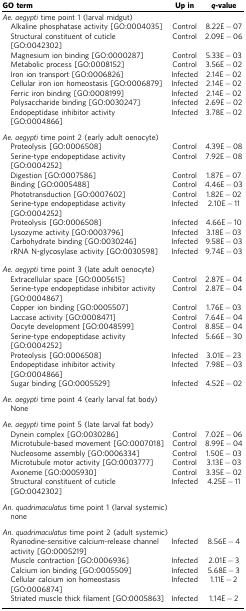
<table><thead><tr><td><b>GO term</b></td><td><b>Up in</b></td><td><b><i>q</i>-value</b></td></tr></thead><tbody><tr><td colspan="3"><i>Ae. aegypti</i> time point 1 (larval midgut)</td></tr><tr><td> Alkaline phosphatase activity [GO:0004035]</td><td>Control</td><td>8.22E−07</td></tr><tr><td> Structural constituent of cuticle [GO:0042302]</td><td>Control</td><td>2.09E−06</td></tr><tr><td> Magnesium ion binding [GO:0000287]</td><td>Control</td><td>5.33E−03</td></tr><tr><td> Metabolic process [GO:0008152]</td><td>Control</td><td>3.56E−02</td></tr><tr><td> Iron ion transport [GO:0006826]</td><td>Infected</td><td>2.14E−02</td></tr><tr><td> Cellular iron ion homeostasis [GO:0006879]</td><td>Infected</td><td>2.14E−02</td></tr><tr><td> Ferric iron binding [GO:0008199]</td><td>Infected</td><td>2.14E−02</td></tr><tr><td> Polysaccharide binding [GO:0030247]</td><td>Infected</td><td>2.69E−02</td></tr><tr><td> Endopeptidase inhibitor activity [GO:0004866]</td><td>Infected</td><td>3.78E−02</td></tr><tr><td> </td><td> </td><td> </td></tr><tr><td colspan="3"><i>Ae. aegypti</i> time point 2 (early adult oenocyte)</td></tr><tr><td> Proteolysis [GO:0006508]</td><td>Control</td><td>4.39E−08</td></tr><tr><td> Serine-type endopeptidase activity [GO:0004252]</td><td>Control</td><td>7.92E−08</td></tr><tr><td> Digestion [GO:0007586]</td><td>Control</td><td>1.87E−07</td></tr><tr><td> Binding [GO:0005488]</td><td>Control</td><td>4.46E−03</td></tr><tr><td> Phototransduction [GO:0007602]</td><td>Control</td><td>1.82E−02</td></tr><tr><td> Serine-type endopeptidase activity [GO:0004252]</td><td>Infected</td><td>2.10E−11</td></tr><tr><td> Proteolysis [GO:0006508]</td><td>Infected</td><td>4.66E−10</td></tr><tr><td> Lysozyme activity [GO:0003796]</td><td>Infected</td><td>3.18E−03</td></tr><tr><td> Carbohydrate binding [GO:0030246]</td><td>Infected</td><td>9.58E−03</td></tr><tr><td> rRNA N-glycosylase activity [GO:0030598]</td><td>Infected</td><td>9.74E−03</td></tr><tr><td> </td><td> </td><td> </td></tr><tr><td colspan="3"><i>Ae. aegypti</i> time point 3 (late adult oenocyte)</td></tr><tr><td> Extracellular space [GO:0005615]</td><td>Control</td><td>2.87E−04</td></tr><tr><td> Serine-type endopeptidase inhibitor activity [GO:0004867]</td><td>Control</td><td>2.87E−04</td></tr><tr><td> Copper ion binding [GO:0005507]</td><td>Control</td><td>1.76E−03</td></tr><tr><td> Laccase activity [GO:0008471]</td><td>Control</td><td>7.64E−04</td></tr><tr><td> Oocyte development [GO:0048599]</td><td>Control</td><td>8.85E−04</td></tr><tr><td> Serine-type endopeptidase activity [GO:0004252]</td><td>Infected</td><td>5.66E−30</td></tr><tr><td> Proteolysis [GO:0006508]</td><td>Infected</td><td>3.01E−23</td></tr><tr><td> Endopeptidase inhibitor activity [GO:0004866]</td><td>Infected</td><td>7.98E−03</td></tr><tr><td> Sugar binding [GO:0005529]</td><td>Infected</td><td>4.52E−02</td></tr><tr><td> </td><td> </td><td> </td></tr><tr><td colspan="3"><i>Ae. aegypti</i> time point 4 (early larval fat body)</td></tr><tr><td> None</td><td> </td><td> </td></tr><tr><td> </td><td> </td><td> </td></tr><tr><td colspan="3"><i>Ae. aegypti</i> time point 5 (late larval fat body)</td></tr><tr><td> Dynein complex [GO:0030286]</td><td>Control</td><td>7.02E−06</td></tr><tr><td> Microtubule-based movement [GO:0007018]</td><td>Control</td><td>8.99E−04</td></tr><tr><td> Nucleosome assembly [GO:0006334]</td><td>Control</td><td>1.50E−03</td></tr><tr><td> Microtubule motor activity [GO:0003777]</td><td>Control</td><td>3.13E−03</td></tr><tr><td> Axoneme [GO:0005930]</td><td>Control</td><td>3.35E−02</td></tr><tr><td> Structural constituent of cuticle [GO:0042302]</td><td>Infected</td><td>4.25E−11</td></tr><tr><td> </td><td> </td><td> </td></tr><tr><td colspan="3"><i>An. quadrimaculatus</i> time point 1 (larval systemic)</td></tr><tr><td> none</td><td> </td><td> </td></tr><tr><td> </td><td> </td><td> </td></tr><tr><td colspan="3"><i>An. quadrimaculatus</i> time point 2 (adult systemic)</td></tr><tr><td> Ryanodine-sensitive calcium-release channel activity [GO:0005219]</td><td>Infected</td><td>8.56E−4</td></tr><tr><td> Muscle contraction [GO:0006936]</td><td>Infected</td><td>2.01E−3</td></tr><tr><td> Calcium ion binding [GO:0005509]</td><td>Infected</td><td>5.68E−3</td></tr><tr><td> Cellular calcium ion homeostasis [GO:0006874]</td><td>Infected</td><td>1.11E−2</td></tr><tr><td> Striated muscle thick filament [GO:0005863]</td><td>Infected</td><td>1.14E−2</td></tr></tbody></table>